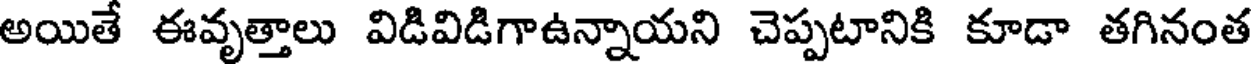
అయితే ఈవృత్తాలు విడివిడిగాఉన్నాయని చెప్పటానికి కూడా తగినంత